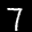
Label: 7